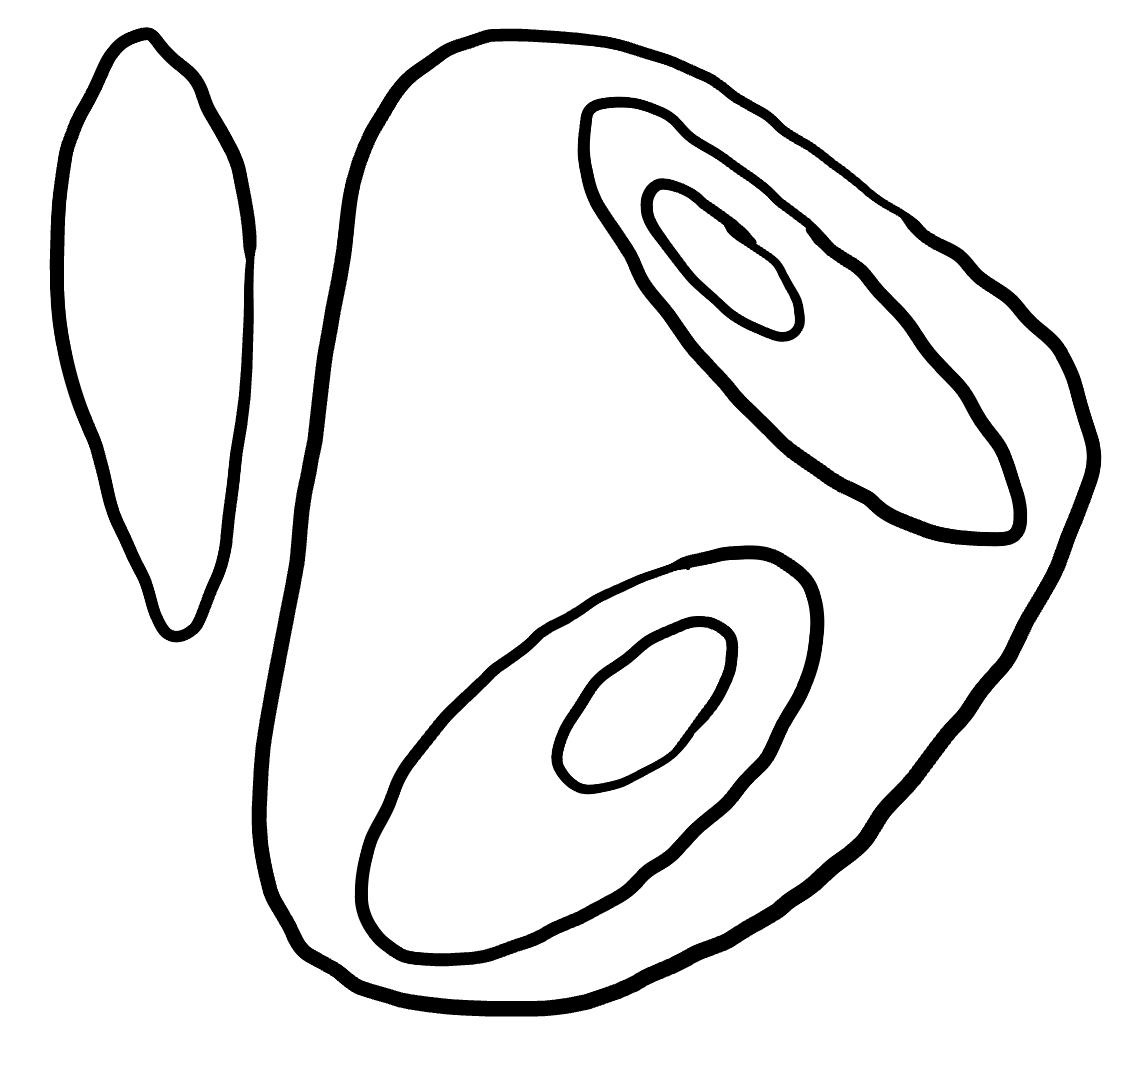
Number of regions (including the outer root region): 7
Containment tree edges (parent, child): 0, 1, 0, 6, 1, 2, 1, 4, 2, 3, 4, 5